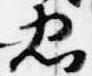
忠